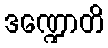
ဒဏ္ဍောတိ